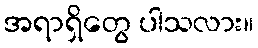
အရာရှိတွေ ပါသလား။